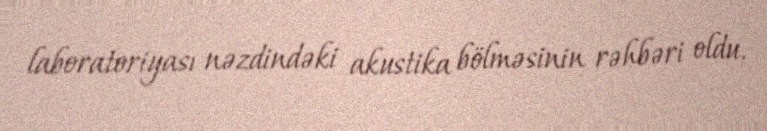
laboratoriyası nəzdindəki akustika bölməsinin rəhbəri oldu.